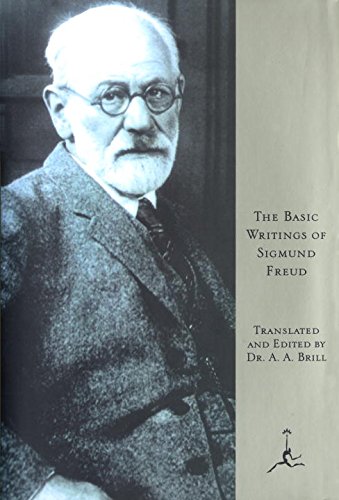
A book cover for The Basic Writings of Sigmund Freud (Psychopathology of Everyday Life, the Interpretation of Dreams, and Three Contributions To the Theory of Sex); Sigmund Freud; Science & Math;